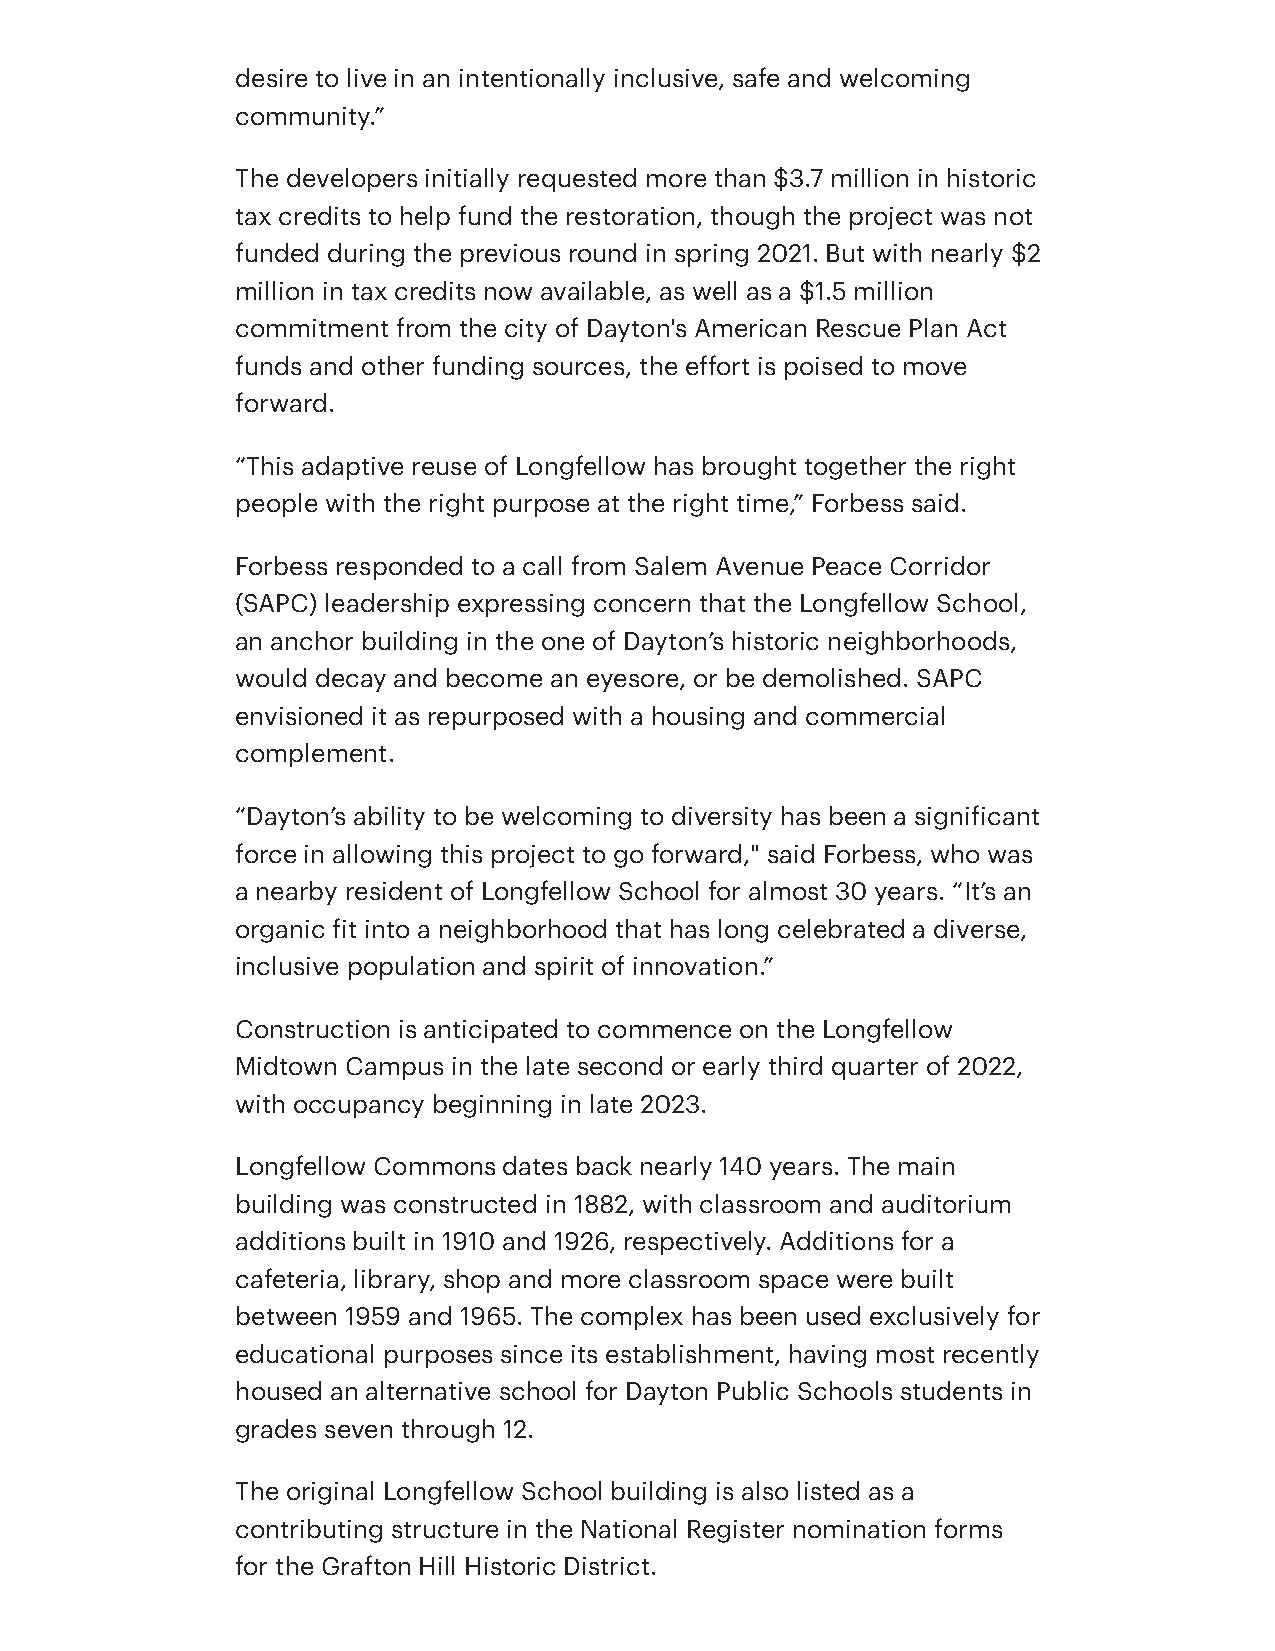
desire to live in an intentionally inclusive, safe and welcoming
 community.”
 The developers initially requested more than $3.7 million in historic
 tax credits to help fund the restoration, though the project was not
 funded during the previous round in spring 2021. But with nearly $2
 million in tax credits now available, as well as a $1.5 million
 commitment from the city of Dayton's American Rescue Plan Act
 funds and other funding sources, the effort is poised to move
 forward.
 “This adaptive reuse of Longfellow has brought together the right
 people with the right purpose at the right time,” Forbess said.
 Forbess responded to a call from Salem Avenue Peace Corridor
 (SAPC) leadership expressing concern that the Longfellow School,
 an anchor building in the one of Dayton’s historic neighborhoods,
 would decay and become an eyesore, or be demolished. SAPC
 envisioned it as repurposed with a housing and commercial
 complement.
 “Dayton’s ability to be welcoming to diversity has been a significant
 force in allowing this project to go forward," said Forbess, who was
 a nearby resident of Longfellow School for almost 30 years. “It’s an
 organic fit into a neighborhood that has long celebrated a diverse,
 inclusive population and spirit of innovation.”
 Construction is anticipated to commence on the Longfellow
 Midtown Campus in the late second or early third quarter of 2022,
 with occupancy beginning in late 2023.
 Longfellow Commons dates back nearly 140 years. The main
 building was constructed in 1882, with classroom and auditorium
 additions built in 1910 and 1926, respectively. Additions for a
 cafeteria, library, shop and more classroom space were built
 between 1959 and 1965. The complex has been used exclusively for
 educational purposes since its establishment, having most recently
 housed an alternative school for Dayton Public Schools students in
 grades seven through 12.
 The original Longfellow School building is also listed as a
 contributing structure in the National Register nomination forms
 for the Grafton Hill Historic District.